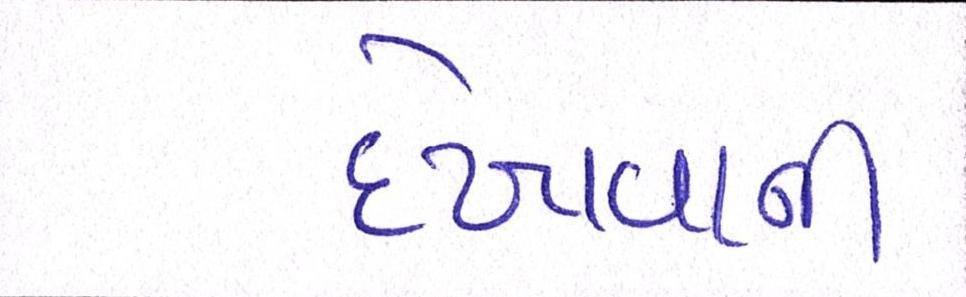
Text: દેખાવાની